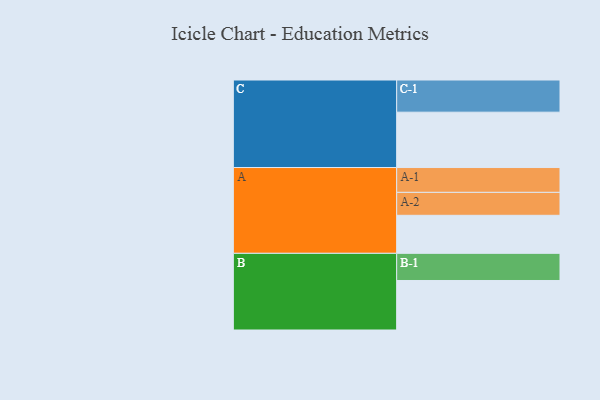
{"axis": {"x": "Segment", "y": "Value"}, "legend": ["", "A", "B", "C"], "data": [{"x": "A", "y": 325, "type": ""}, {"x": "B", "y": 423, "type": ""}, {"x": "C", "y": 473, "type": ""}, {"x": "A-1", "y": 212, "type": "A"}, {"x": "A-2", "y": 196, "type": "A"}, {"x": "B-1", "y": 232, "type": "B"}, {"x": "C-1", "y": 275, "type": "C"}]}